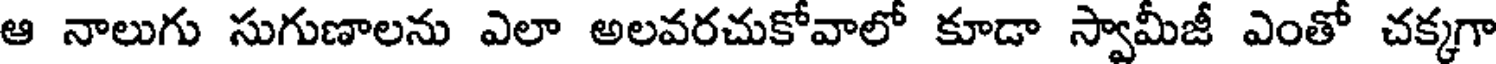
ఆ నాలుగు సుగుణాలను ఎలా అలవరచుకోవాలో కూడా స్వామీజీ ఎంతో చక్కగా